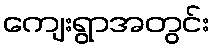
ကျေးရွာအတွင်း